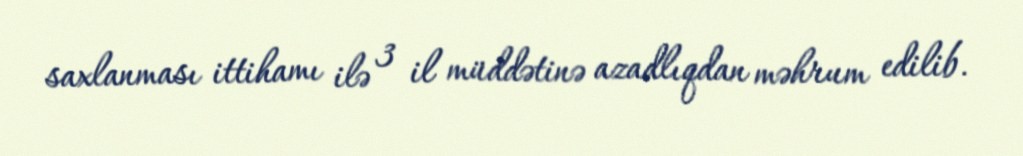
saxlanması ittihamı ilə 3 il müddətinə azadlıqdan məhrum edilib.